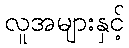
လူအများနှင့်